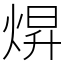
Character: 焺